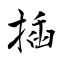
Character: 插